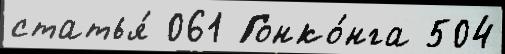
статья́ 061 Гонко́нга 504